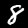
Label: 8